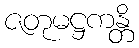
ဇတုမဋ္ဌကန္တိ